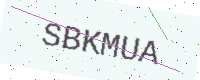
Text: SBKMUA